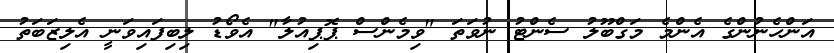
އަންހެނުންގެ އެންމެ މަގްބޫލު ސެންޓު ނުވަތަ "ވިމެންސް ޕޮޕިއުލާ" އެވޯޑު ލިބިފައިވަނީ އެލިޒަބަތު